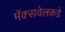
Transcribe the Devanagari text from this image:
मॅक्सवेलकडे